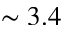
\sim 3 . 4